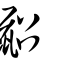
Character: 鼦